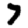
Digit: 7